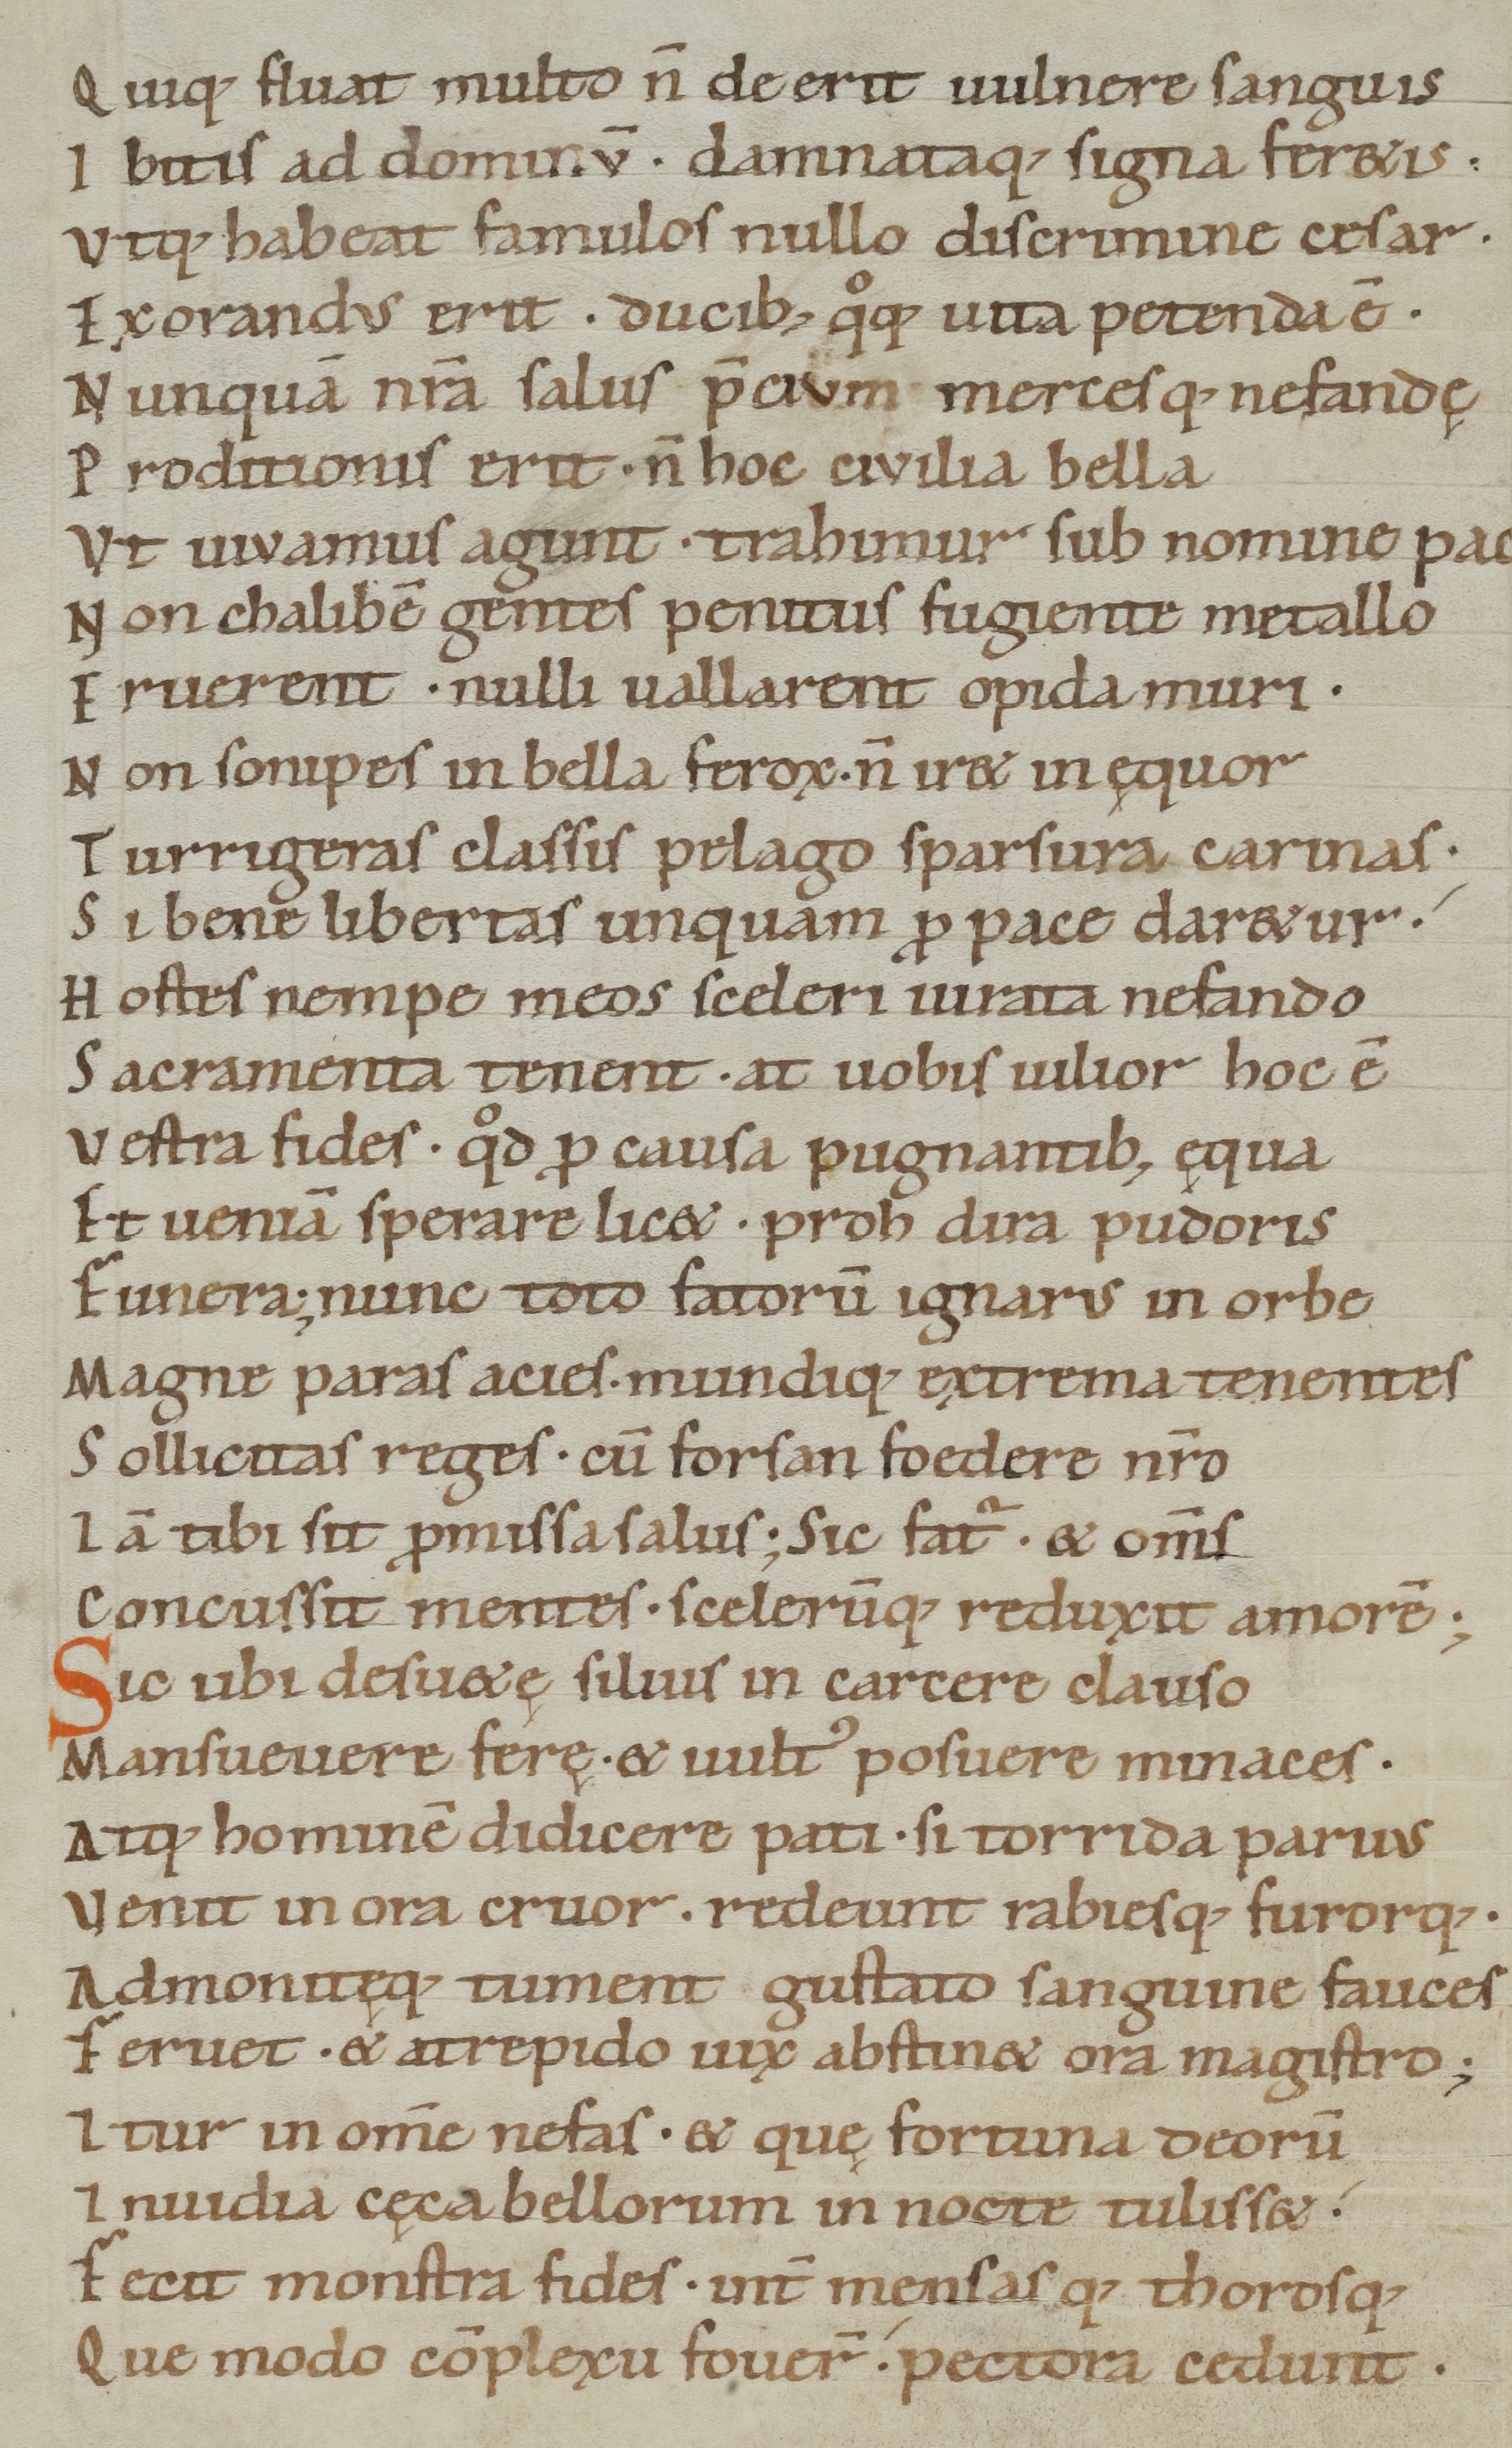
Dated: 1050–1074